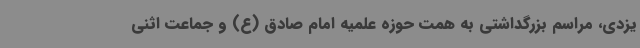
یزدی، مراسم بزرگداشتی به همت حوزه علمیه امام صادق (ع) و جماعت اثنی